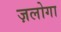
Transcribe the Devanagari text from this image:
ज़लोगा